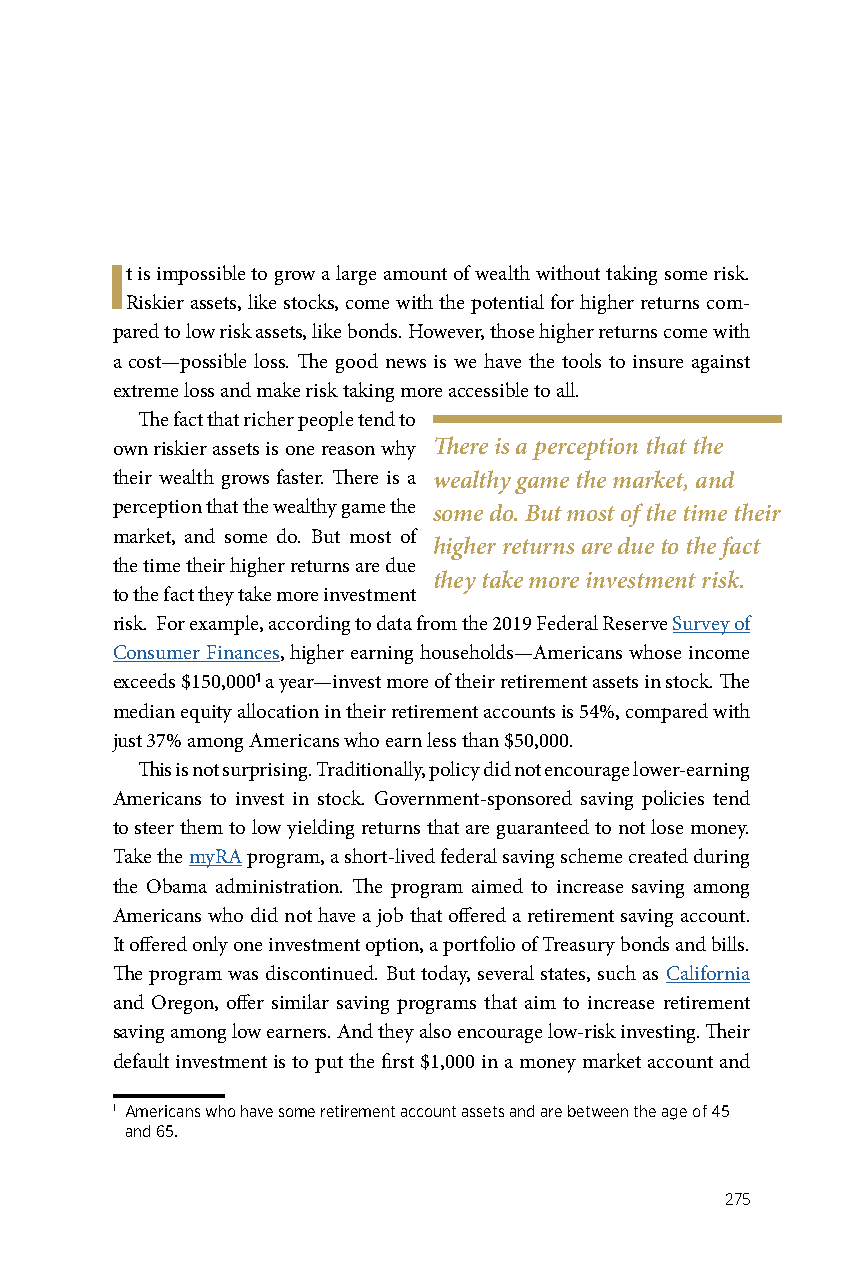
It is impossible to grow a large amount of wealth without taking some risk.
 Riskier assets, like stocks, come with the potential for higher returns com-
 pared to low risk assets, like bonds. However, those higher returns come with
 a cost—possible loss. The good news is we have the tools to insure against
 extreme loss and make risk taking more accessible to all.
 The fact that richer people tend to
 own riskier assets is one reason why There is a perception that the
 their wealth grows faster. There is a wealthy game the market, and
 perception that the wealthy game the some do. But most of the time their
 market, and some do. But most of
 higher returns are due to the fact
 the time their higher returns are due
 they take more investment risk.
 to the fact they take more investment
 risk. For example, according to data from the 2019 Federal Reserve Survey of
 Consumer Finances, higher earning households—Americans whose income
 exceeds $150,0001 a year—invest more of their retirement assets in stock. The
 median equity allocation in their retirement accounts is 54%, compared with
 just 37% among Americans who earn less than $50,000.
 This is not surprising. Traditionally, policy did not encourage lower-earning
 Americans to invest in stock. Government-sponsored saving policies tend
 to steer them to low yielding returns that are guaranteed to not lose money.
 Take the myRA program, a short-lived federal saving scheme created during
 the Obama administration. The program aimed to increase saving among
 Americans who did not have a job that offered a retirement saving account.
 It offered only one investment option, a portfolio of Treasury bonds and bills.
 The program was discontinued. But today, several states, such as California
 and Oregon, offer similar saving programs that aim to increase retirement
 saving among low earners. And they also encourage low-risk investing. Their
 default investment is to put the first $1,000 in a money market account and
 1 Americans who have some retirement account assets and are between the age of 45
 and 65.
 275